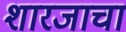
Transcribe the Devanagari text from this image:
शारजाचा